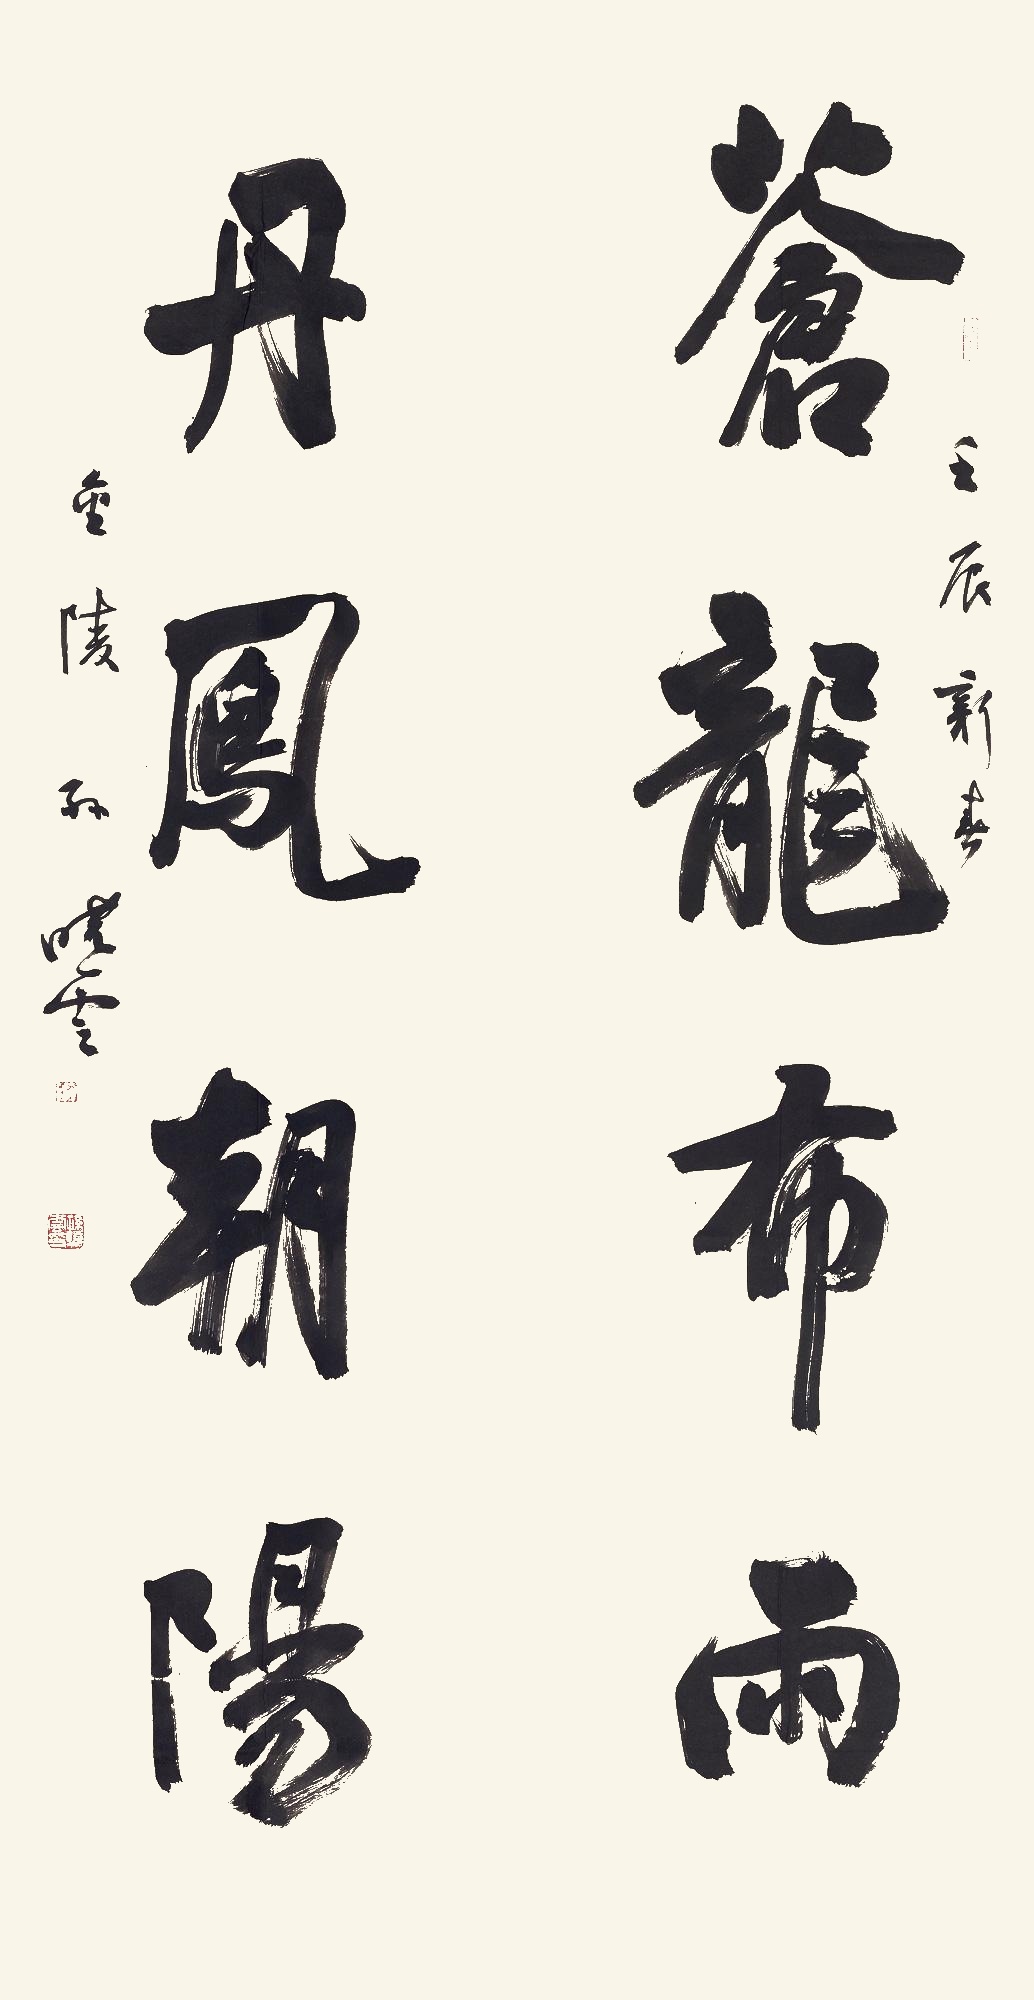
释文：苍龙布雨，丹凤朝阳。壬辰新春，金陵孙晓云。